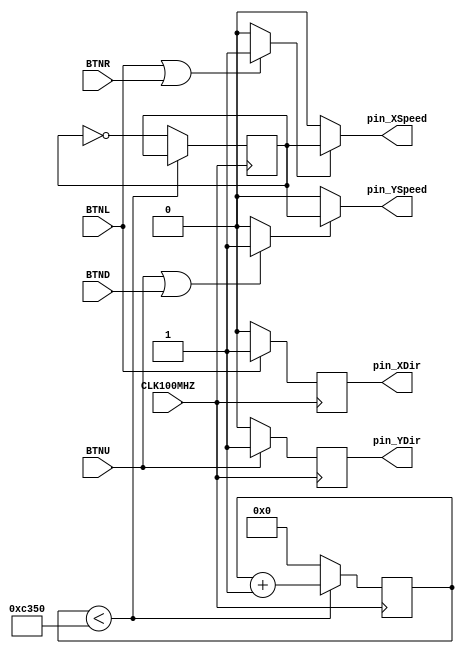
`timescale 1ns / 1ps
//////////////////////////////////////////////////////////////////////////////////
// Company: 
// Engineer: 
// 
// Design Name: 
// Module Name: stepper_test
// Project Name: 
// Target Devices: 
// Tool Versions: 
// Description: 
// 
// Dependencies: 
// 
// Revision:
// Revision 0.01 - File Created
// Additional Comments:
// 
//////////////////////////////////////////////////////////////////////////////////


module stepper_test(
    input CLK100MHZ,
    input BTNL,
    input BTNR,
    input BTNU,
    input BTND,
    output pin_XSpeed,
    output pin_XDir,
    output pin_YSpeed,
    output pin_YDir
    );
    
    wire clk;
    assign clk = CLK100MHZ;
    
    wire enX, enY;
    assign enX = (BTNL || BTNR) ? 1'b1 : 1'b0;
    assign enY = (BTNU || BTND) ? 1'b1 : 1'b0;
    
    wire [17:0] stepCounterLimit;
    //for transition to x, y would have separate files controlling each movement
	assign stepCounterLimit = 50000;
	
	reg clk1MHz = 0;
	reg [17:0] stepCounter = 0;
	always @(posedge clk) begin
	   if (stepCounter < stepCounterLimit)
	       stepCounter <= stepCounter + 1;
	   else begin
	       stepCounter <= 0;
	       clk1MHz <= ~ clk1MHz;
	   end
    end
    
    assign pin_XSpeed = enX ? clk1MHz : 1'b0;
    assign pin_YSpeed = enY ? clk1MHz : 1'b0;
    
    //for direction, set 1'b1 for forwards, 1'b0 for backwards
    reg xDirection, yDirection;
    always @(posedge clk) begin
        if (BTNL == 1)
            xDirection <= 1'b1;
        else begin
            xDirection <= 1'b0;
        end    
    end
    assign pin_XDir = xDirection;

    always @(posedge clk) begin
        if (BTNU == 1)
            yDirection <= 1'b1;
        else begin
            yDirection <= 1'b0;
        end    
    end
    assign pin_YDir = yDirection;
    
endmodule